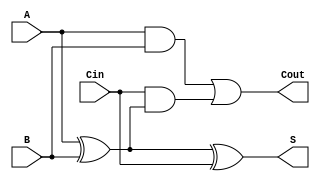
module AsynchronousFullAdder (
    input wire A,      // First binary input
    input wire B,      // Second binary input
    input wire Cin,    // Carry-in input
    output wire S,     // Sum output
    output wire Cout    // Carry-out output
);

// Intermediate signals
wire AxorB;          // A XOR B

// Compute the sum (S) using XOR gates
assign AxorB = A ^ B; // A XOR B
assign S = AxorB ^ Cin; // (A XOR B) XOR Cin

// Compute the carry-out (Cout) using AND and OR gates
assign Cout = (A & B) | (Cin & AxorB); // (A AND B) OR (Cin AND (A XOR B))

endmodule